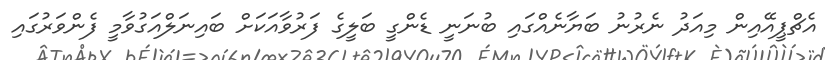
އެޗްޕީއޭއިން މިއަދު ނެރުނު ބަޔާނެއްގައި ބުނަނީ ޑެންގީ ބަލީގެ ފަރުވާއަކަށް ބައިނަލްއަގުވާމީ ފެންވަރުގައި